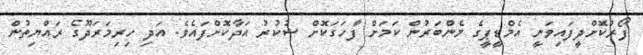
ފޯރުކޮށްދީފައިވަނީ އެމްޑީޕީގެ މެންބަރުން ކަމަށް ފާހަގަކޮށް ޝުކުރު އަދާކޮށްފައެވެ. އަދި ހިރިމަރަދޫގެ ރައްޔިތުން